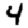
Digit: 4